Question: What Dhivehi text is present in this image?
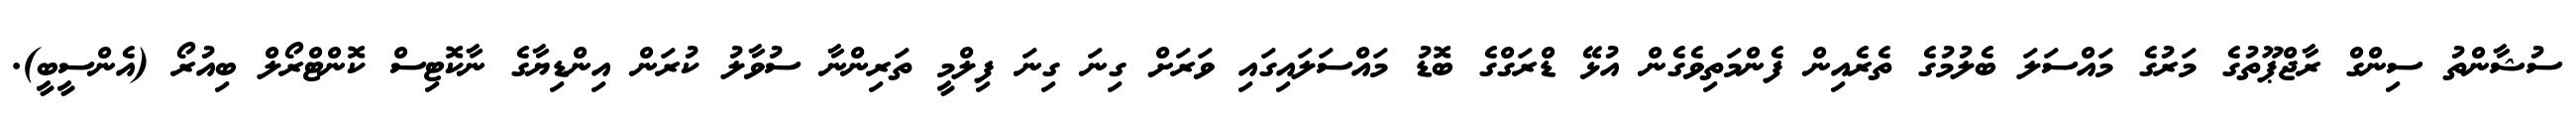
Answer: ސުޝާންތު ސިންގް ރާޖްޕޫތުގެ މަރުގެ މައްސަލަ ބެލުމުގެ ތެރެއިން ފެންމަތިވެގެން އުޅޭ ޑްރަގްގެ ބޮޑު މައްސަލައިގައި ވަރަށް ގިނަ ގިނަ ފިލްމީ ތަރިންނާ ސުވާލު ކުރަން އިންޑިޔާގެ ނާކޮޓިސް ކޮންޓްރޯލް ބިއުރޯ (އެންސީބީ).